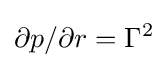
\partial p/\partial r=\Gamma ^{2}